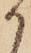
か